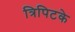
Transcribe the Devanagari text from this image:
त्रिपिटके